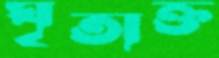
ঘৃতাক্ত